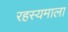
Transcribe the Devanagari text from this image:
रहस्यमाला